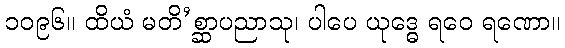
၁၀၉၆။ ထိယံ မတိ’စ္ဆာပညာသု၊ ပါပေ ယုဒ္ဓေ ရဝေ ရဏော။